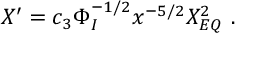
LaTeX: X ^ { \prime } = c _ { 3 } \Phi _ { I } ^ { - 1 / 2 } x ^ { - 5 / 2 } X _ { E Q } ^ { 2 } \ .